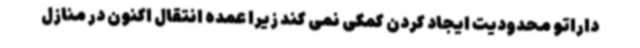
داراتو محدودیت ایجاد کردن کمکی نمی کند زیرا عمده انتقال اکنون در منازل